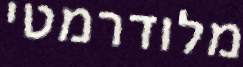
מלודרמטי